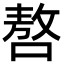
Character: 嗸